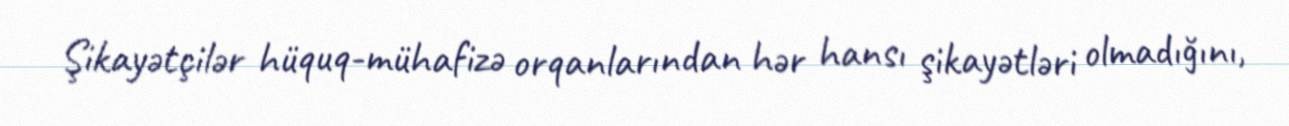
Şikayətçilər hüquq-mühafizə orqanlarından hər hansı şikayətləri olmadığını,